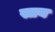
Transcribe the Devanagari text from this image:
स्तय